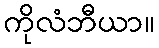
ကိုလံဘီယာ။